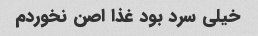
خیلی سرد بود غذا اصن نخوردم